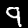
Label: 9